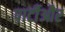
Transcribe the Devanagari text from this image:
पार्टीऔर